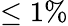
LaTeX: \leq 1\%